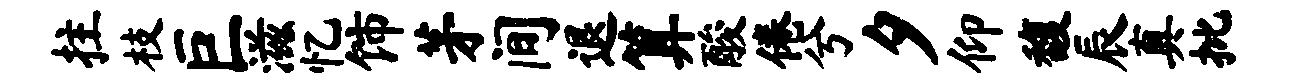
拄枝巨滋忆饰茅间退算酸倦兮夕仰馥辰真批